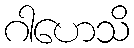
ဂါဟေသိ